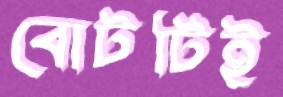
বোটটিই